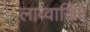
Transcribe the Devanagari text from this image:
लाव्वाजिए